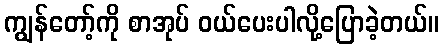
ကျွန်တော့်ကို စာအုပ် ဝယ်ပေးပါလို့ပြောခဲ့တယ်။